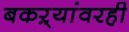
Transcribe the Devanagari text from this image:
बकऱ्यांवरही